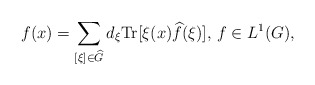
\begin{align*} f(x)=\sum_{[\xi]\in \widehat{G}} d_{\xi}\textnormal{Tr}[\xi(x)\widehat{f}(\xi)],\,f\in L^1(G),\end{align*}